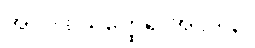
အပဒါနိယတ္ထေရ အပဒါန။